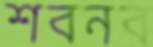
শবনব